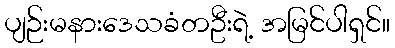
ပျဉ်းမနားဒေသခံတဦးရဲ့ အမြင်ပါရှင်။